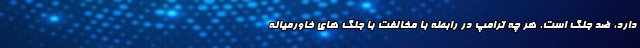
دارد، ضد جنگ است. هر چه ترامپ در رابطه با مخالفت با جنگ های خاورمیانه